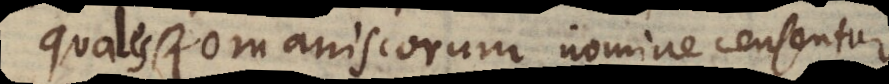
quales Romaniscorum nomine censentur